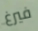
فيرغ